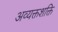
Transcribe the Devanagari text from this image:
अव्यक्तशक्ति